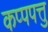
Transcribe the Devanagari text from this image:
कप्पपत्तु